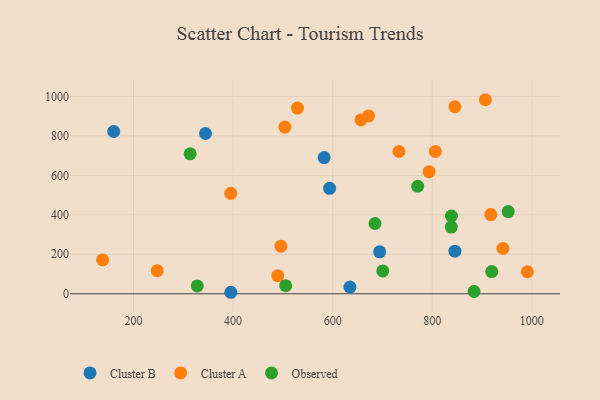
{"axis": {"x": "Study Hours", "y": "Sales"}, "legend": ["Cluster A", "Cluster B", "Observed"], "data": [{"x": "582.8", "y": 690.4, "type": "Cluster B"}, {"x": "694.3", "y": 212.3, "type": "Cluster B"}, {"x": "344.6", "y": 812.2, "type": "Cluster B"}, {"x": "634.6", "y": 33.9, "type": "Cluster B"}, {"x": "593.8", "y": 534.1, "type": "Cluster B"}, {"x": "395.5", "y": 7.5, "type": "Cluster B"}, {"x": "845.5", "y": 215.9, "type": "Cluster B"}, {"x": "160.3", "y": 822.3, "type": "Cluster B"}, {"x": "906.6", "y": 983.4, "type": "Cluster A"}, {"x": "672.1", "y": 901.3, "type": "Cluster A"}, {"x": "489.8", "y": 91.4, "type": "Cluster A"}, {"x": "733.2", "y": 721.1, "type": "Cluster A"}, {"x": "504.0", "y": 844.9, "type": "Cluster A"}, {"x": "529.3", "y": 941.0, "type": "Cluster A"}, {"x": "138.0", "y": 171.5, "type": "Cluster A"}, {"x": "395.3", "y": 509.1, "type": "Cluster A"}, {"x": "941.9", "y": 229.6, "type": "Cluster A"}, {"x": "991.0", "y": 111.6, "type": "Cluster A"}, {"x": "793.6", "y": 618.7, "type": "Cluster A"}, {"x": "247.6", "y": 116.9, "type": "Cluster A"}, {"x": "806.2", "y": 721.6, "type": "Cluster A"}, {"x": "917.5", "y": 401.3, "type": "Cluster A"}, {"x": "845.4", "y": 947.9, "type": "Cluster A"}, {"x": "496.1", "y": 241.1, "type": "Cluster A"}, {"x": "656.8", "y": 881.0, "type": "Cluster A"}, {"x": "838.3", "y": 337.9, "type": "Observed"}, {"x": "952.5", "y": 416.5, "type": "Observed"}, {"x": "919.4", "y": 112.2, "type": "Observed"}, {"x": "313.8", "y": 709.4, "type": "Observed"}, {"x": "700.6", "y": 115.5, "type": "Observed"}, {"x": "770.7", "y": 544.9, "type": "Observed"}, {"x": "883.9", "y": 11.4, "type": "Observed"}, {"x": "505.6", "y": 40.9, "type": "Observed"}, {"x": "685.0", "y": 356.1, "type": "Observed"}, {"x": "838.5", "y": 393.8, "type": "Observed"}, {"x": "328.1", "y": 39.8, "type": "Observed"}]}